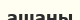
ашаны